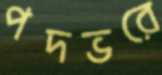
পদভরে